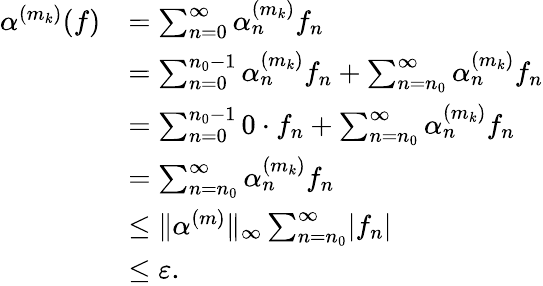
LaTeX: \begin{array}{rl}{\alpha^{(m_{k})}(f)}&{=\sum_{n=0}^{\infty}\alpha_{n}^{(m_{k})}f_{n}}\\ &{=\sum_{n=0}^{n_{0}-1}\alpha_{n}^{(m_{k})}f_{n}+\sum_{n=n_{0}}^{\infty}\alpha_{n}^{(m_{k})}f_{n}}\\ &{=\sum_{n=0}^{n_{0}-1}0\cdot f_{n}+\sum_{n=n_{0}}^{\infty}\alpha_{n}^{(m_{k})}f_{n}}\\ &{=\sum_{n=n_{0}}^{\infty}\alpha_{n}^{(m_{k})}f_{n}}\\ &{\leq\lVert\alpha^{(m)}\rVert_{\infty}\sum_{n=n_{0}}^{\infty}\lvert f_{n}\rvert}\\ &{\leq{\varepsilon}.}\end{array}